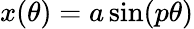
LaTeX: x(\theta)=a\sin(p\theta)